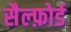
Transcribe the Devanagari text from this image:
सैल्फ़ोर्ड